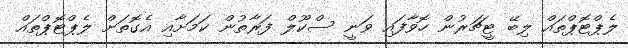
ލެޕްޓޮޕްތައް ލިބޭ ޓީޗަރުން ހޮވާފައި ވަނީ ސްކޫލް ފަރާތުން ކަމަށާއި އެގޮތަށް ލެޕްޓޮޕްތައް